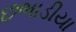
છભાડીયા